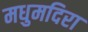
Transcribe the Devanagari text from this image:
मधुमदिरा